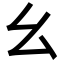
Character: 幺